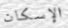
الإسكان